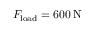
F _ { \mathrm { l o a d } } = 6 0 0 \, \mathrm { N }